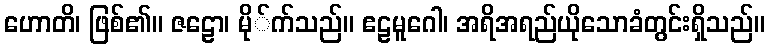
ဟောတိ၊ ဖြစ်၏။ ဇဠော၊ မို်က်သည်။ ဧဠမူဂေါ၊ အရိအရည်ယိုသောခံတွင်းရှိသည်။